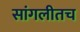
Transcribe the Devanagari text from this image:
सांगलीतच